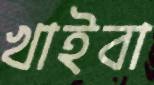
খাইবা